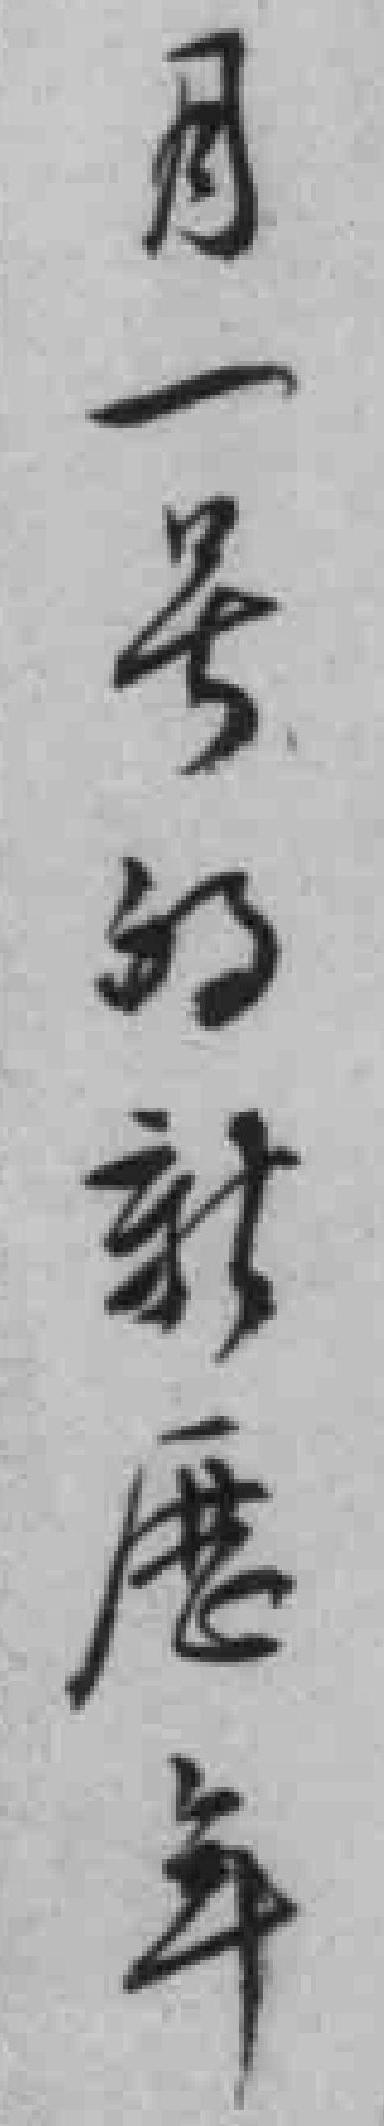
月一号的新歴年